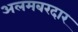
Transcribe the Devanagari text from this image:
अलमबरदार